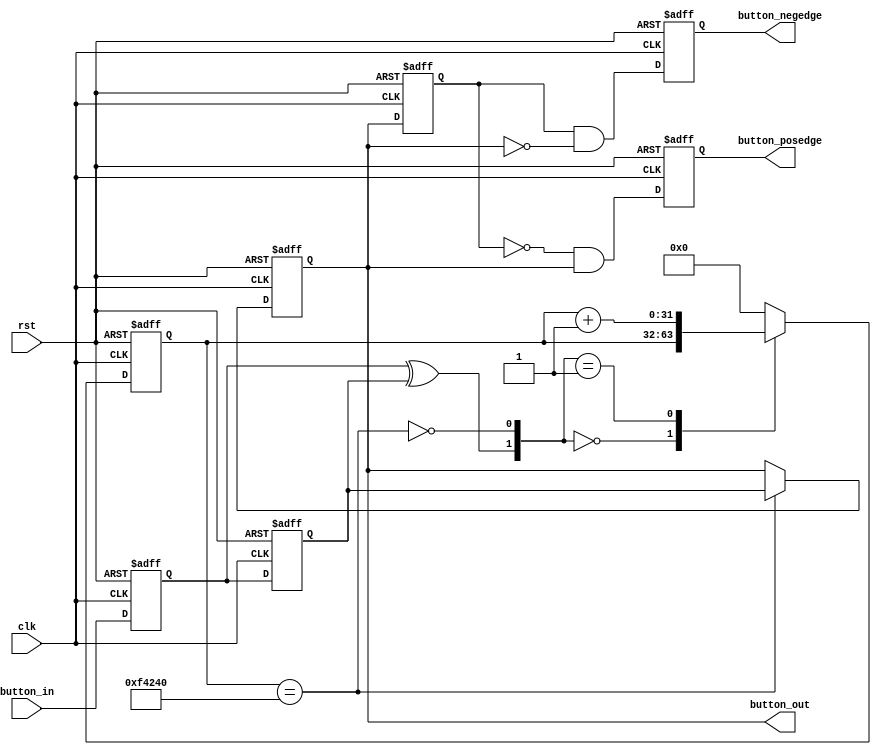
//////////////////////////////////////////////////////////////////////////////////
//                                                                              //
//                                                                              //
//          msq@qq.com                                                          //
//          ALINX(shanghai) Technology Co.,Ltd                                  //
//          heijin                                                              //
//     WEB: http://www.alinx.cn/                                                //
//     BBS: http://www.heijin.org/                                              //
//                                                                              //
//////////////////////////////////////////////////////////////////////////////////
//                                                                              //
// Copyright (c) 2017,ALINX(shanghai) Technology Co.,Ltd                        //
//                    All rights reserved                                       //
//                                                                              //
// This source file may be used and distributed without restriction provided    //
// that this copyright statement is not removed from the file and that any      //
// derivative work contains the original copyright notice and the associated    //
// disclaimer.                                                                  //
//                                                                              //
//////////////////////////////////////////////////////////////////////////////////

//================================================================================
//  Revision History:
//  Date          By            Revision    Change Description
//--------------------------------------------------------------------------------
//  2017/5/3     meisq          1.0         Original
//*******************************************************************************/

`timescale 1 ns / 100 ps
module  ax_debounce 
(
    input       clk, 
    input       rst, 
    input       button_in,
    output reg  button_posedge,
    output reg  button_negedge,
    output reg  button_out
);
//// ---------------- internal constants --------------
parameter N = 32 ;           // debounce timer bitwidth
parameter FREQ = 50;         //model clock :Mhz
parameter MAX_TIME = 20;     //ms
localparam TIMER_MAX_VAL =   MAX_TIME * 1000 * FREQ;
////---------------- internal variables ---------------
reg  [N-1 : 0]  q_reg;      // timing regs
reg  [N-1 : 0]  q_next;
reg DFF1, DFF2;             // input flip-flops
wire q_add;                 // control flags
wire q_reset;
reg button_out_d0;
//// ------------------------------------------------------

////contenious assignment for counter control
assign q_reset = (DFF1  ^ DFF2);          // xor input flip flops to look for level chage to reset counter
assign q_add = ~(q_reg == TIMER_MAX_VAL); // add to counter when q_reg msb is equal to 0
    
//// combo counter to manage q_next 
always @ ( q_reset, q_add, q_reg)
begin
    case( {q_reset , q_add})
        2'b00 :
                q_next <= q_reg;
        2'b01 :
                q_next <= q_reg + 1;
        default :
                q_next <= { N {1'b0} };
    endcase     
end

//// Flip flop inputs and q_reg update
always @ ( posedge clk or posedge rst)
begin
    if(rst == 1'b1)
    begin
        DFF1 <= 1'b0;
        DFF2 <= 1'b0;
        q_reg <= { N {1'b0} };
    end
    else
    begin
        DFF1 <= button_in;
        DFF2 <= DFF1;
        q_reg <= q_next;
    end
end

//// counter control
always @ ( posedge clk or posedge rst)
begin
	if(rst == 1'b1)
		button_out <= 1'b1;
    else if(q_reg == TIMER_MAX_VAL)
        button_out <= DFF2;
    else
        button_out <= button_out;
end

always @ ( posedge clk or posedge rst)
begin
	if(rst == 1'b1)
	begin
		button_out_d0 <= 1'b1;
		button_posedge <= 1'b0;
		button_negedge <= 1'b0;
	end
	else
	begin
		button_out_d0 <= button_out;
		button_posedge <= ~button_out_d0 & button_out;
		button_negedge <= button_out_d0 & ~button_out;
	end	
end
endmodule